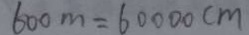
6 0 0 m = 6 0 0 0 0 c m